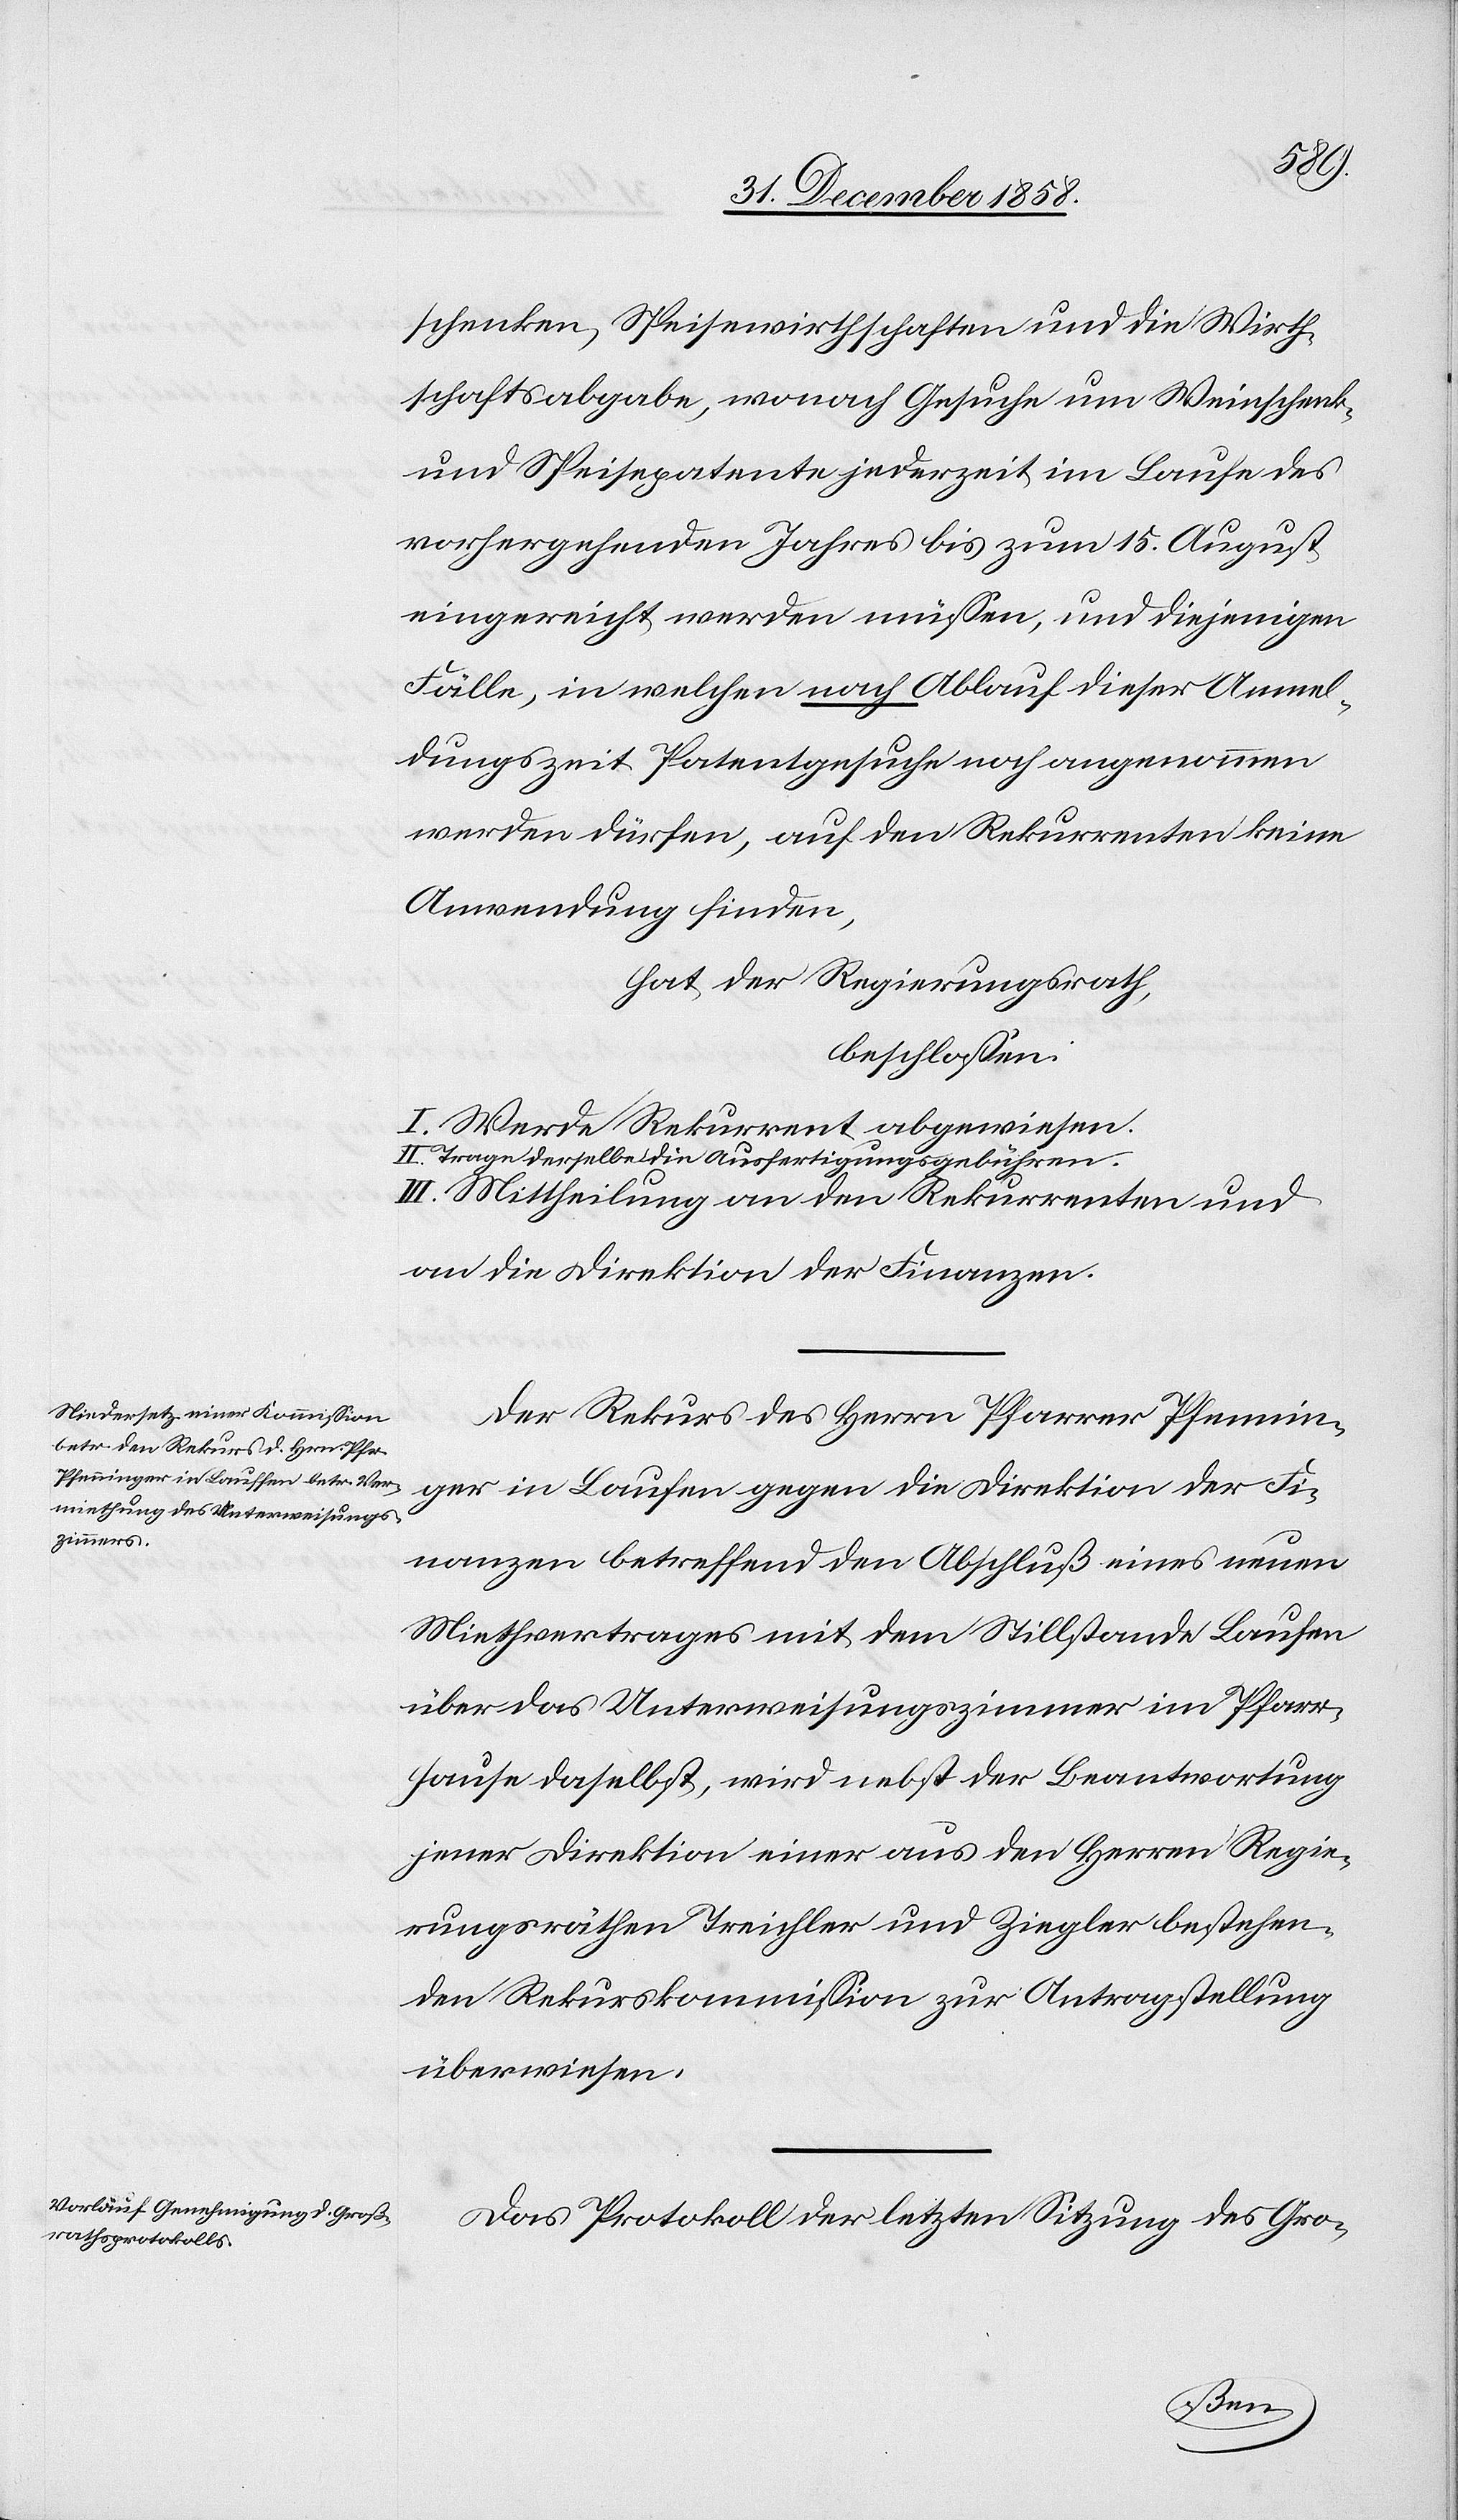
schenken, Speisewirthschaften und die Wirth¬
schaftsabgabe, wonach Gesuche um Weinschenk-
und Speisepatente jederzeit im Laufe des
vorhergehenden Jahres bis zum 15. August
eingereicht werden müssen, und diejenigen
Fälle, in welchen nach Ablauf dieser Anmel¬
dungszeit Patentgesuche noch angenommen
werden dürfen, auf den Rekurrenten keine
Anwendung finden,
hat der Regierungsrath,
beschlossen:
I. Werde Rekurrent abgewiesen.
II. Trage derselbe die Ausfertigungsgebühren.
III. Mittheilung an den Rekurrenten und
an die Direktion der Finanzen.
Der Rekurs des Herrn Pfarrer Pfennin¬
ger in Laufen gegen die Direktion der Fi¬
nanzen betreffend den Abschluß eines neuen
Miethvertrages mit dem Stillstande Laufen
über das Unterweisungszimmer im Pfarr¬
hause daselbst, wird nebst der Beantwortung
jener Direktion einer aus den Herren Regie¬
rungsräthen Treichler und Ziegler bestehen¬
den Rekurskommission zur Antragstellung
überwiesen.
Das Protokoll der letzten Sitzung des Gro-